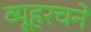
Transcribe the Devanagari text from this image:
व्यूहरचने